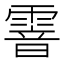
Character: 𩄒